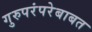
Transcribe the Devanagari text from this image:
गुरुपरंपरेबाबत